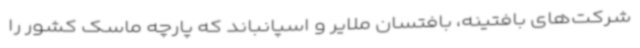
شرکت‌های بافتینه، بافتسان ملایر و اسپانباند که پارچه ماسک کشور را